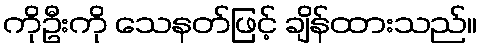
ကိုဦးကို သေနတ်ဖြင့် ချိန်ထားသည်။